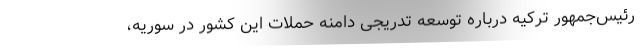
رئیس‌جمهور ترکیه درباره توسعه تدریجی دامنه حملات این کشور در سوریه،